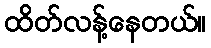
ထိတ်လန့်နေတယ်။